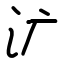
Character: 㲿